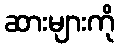
ဆားများကို